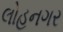
લોહનગર